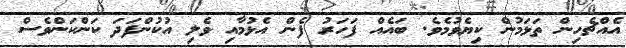
އެއްޗެހިން ތަޅަމުން ކިޔެވުމެވެ. ބައެއް ފަހަރު ފެން އެޅުމާއި ވެލި އުކުންފަދަ ކަންކަންވެސް